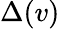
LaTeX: \Delta(v)